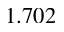
1 . 7 0 2